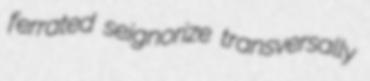
ferrated seignorize transversally